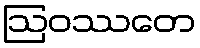
ဩဝဿတေ